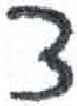
אות: צ